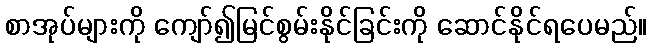
စာအုပ်များကို ကျော်၍မြင်စွမ်းနိုင်ခြင်းကို ဆောင်နိုင်ရပေမည်။